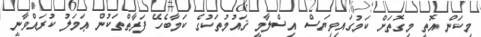
މިކަން އޮތީ މިގޮތަށް ކަމުގައިވިޔަސް އިސްލާމީ ޤައުމުތަކުގެ ކަމާބެހޭ ފަރާތްތަކުން ޢަމަލު ކުރައްވާނީ